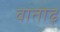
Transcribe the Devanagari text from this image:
वातोढ़